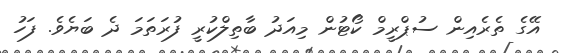
އޭގެ ތެރެއިން ސުޕްރީމް ކޯޓުން މިއަދު ބާތިލްކުރީ ފުރަތަމަ ދެ ބަޔެވެ. ފަހު